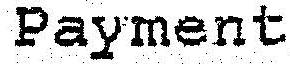
PAYMENT